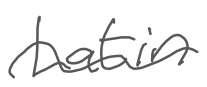
Text: Latin
Cross-out: wave
Writing tool: digital_gray